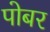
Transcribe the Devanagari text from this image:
पोबर